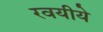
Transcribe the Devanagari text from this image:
रवयीये